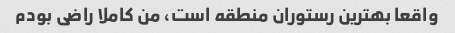
واقعا بهترین رستوران منطقه است، من کاملا راضی بودم